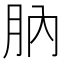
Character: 肭